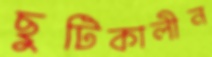
ছুটিকালীন